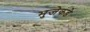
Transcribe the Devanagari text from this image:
भुजेकडे